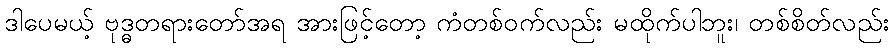
ဒါပေမယ့် ဗုဒ္ဓတရားတော်အရ အားဖြင့်တော့ ကံတစ်ဝက်လည်း မထိုက်ပါဘူး၊ တစ်စိတ်လည်း